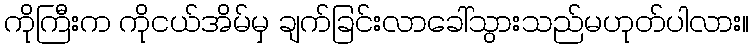
ကိုကြီးက ကိုငယ်အိမ်မှ ချက်ခြင်းလာခေါ်သွားသည်မဟုတ်ပါလား။